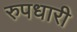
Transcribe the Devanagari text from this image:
रुपधारी